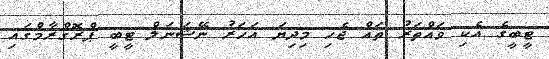
ޓީބީގެ އެކި ވައްތަރު ތައް ޖެހި މިދިޔަ އަހަރު ނޭޝަނަލް ޓީބީ ޕްރޮގްރާމްގައި